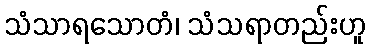
သံသာရသောတံ၊ သံသရာတည်းဟူ